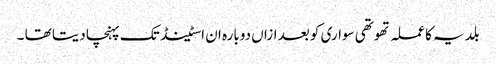
بلدیہ کا عملہ تھوتھی سواری کو بعد ازاں دوبارہ ان اسٹینڈ تک پہنچا دیتا تھا ۔